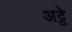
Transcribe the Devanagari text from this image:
अट्ठे